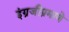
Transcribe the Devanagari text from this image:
इंग्रजीप्रमाणे